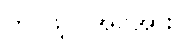
တပ်ဖွဲ့ဝင်အင်အား